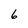
Character: 6